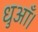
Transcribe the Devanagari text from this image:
धुआँ।